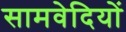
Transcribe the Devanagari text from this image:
सामवेदियों